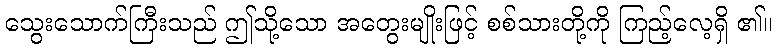
သွေးသောက်ကြီးသည် ဤသို့သော အတွေးမျိုးဖြင့် စစ်သားတို့ကို ကြည့်လေ့ရှိ ၏။